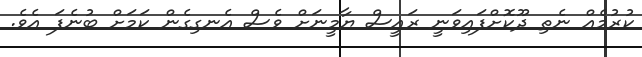
ކުރުމެއް ނެތި ދޫކޮށްފައިވަނީ ރައީސް ޔާމީނަށް ވެސް އެނގިގެން ކަމަށް ބުނެފަ އެވެ.